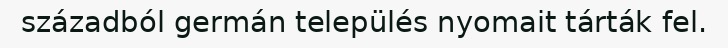
századból germán település nyomait tárták fel.